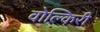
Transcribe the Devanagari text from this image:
वोल्किरी